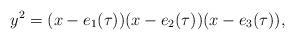
LaTeX: \begin{align*}y^2=(x-e_{1}(\tau))(x-e_{2}(\tau))(x-e_{3}(\tau)),\end{align*}